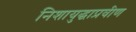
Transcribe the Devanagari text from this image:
निशायुद्धाप्रवीण